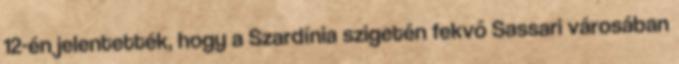
12-én jelentették, hogy a Szardínia szigetén fekvő Sassari városában